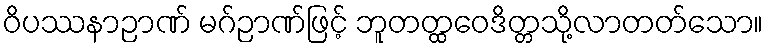
ဝိပဿနာဉာဏ် မဂ်ဉာဏ်ဖြင့် ဘူတတ္ထဝေဒိတ္တသို့လာတတ်သော။